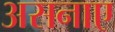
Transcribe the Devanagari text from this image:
असनाए